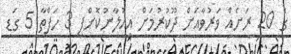
ގެ 20 ރަށެއް ވަރުވާއަށް ދޫކުރުމަށް އިއުލާނުކޮށްފި 3 ހަފްތާ 5 ގަޑި